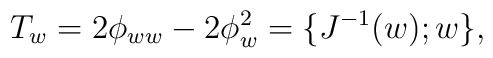
T_w = 2\phi_{ww} - 2\phi_w^2 = \{ J^{-1}(w);w \},